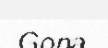
Gona